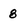
Character: 8